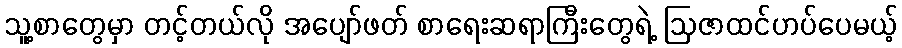
သူ့စာတွေမှာ တင့်တယ်လို အပျော်ဖတ် စာရေးဆရာကြီးတွေရဲ့ ဩဇာထင်ဟပ်ပေမယ့်